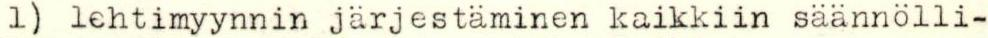
1) lehtimyynnin järjestäminen kaikkiin säännölli-